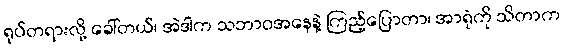
ရုပ်တရားလို့ ခေါ်တယ်၊ အဲဒါက သဘာဝအနေနဲ့ ကြည့်ပြောတာ၊ အာရုံကို သိတာက